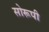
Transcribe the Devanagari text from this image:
सोरूपी